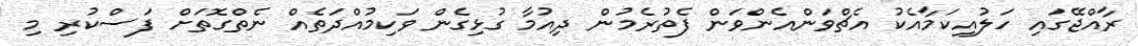
ރާއްޖޭގައި ހަލުއިކަމާއެކު އެޗްވަންއެންވަން ފެތުރެމުން ދިއުމާ ގުޅިގެން ވަކިމުއްދަތެއް ނެތްގޮތަށް ފަސްކުރި މި